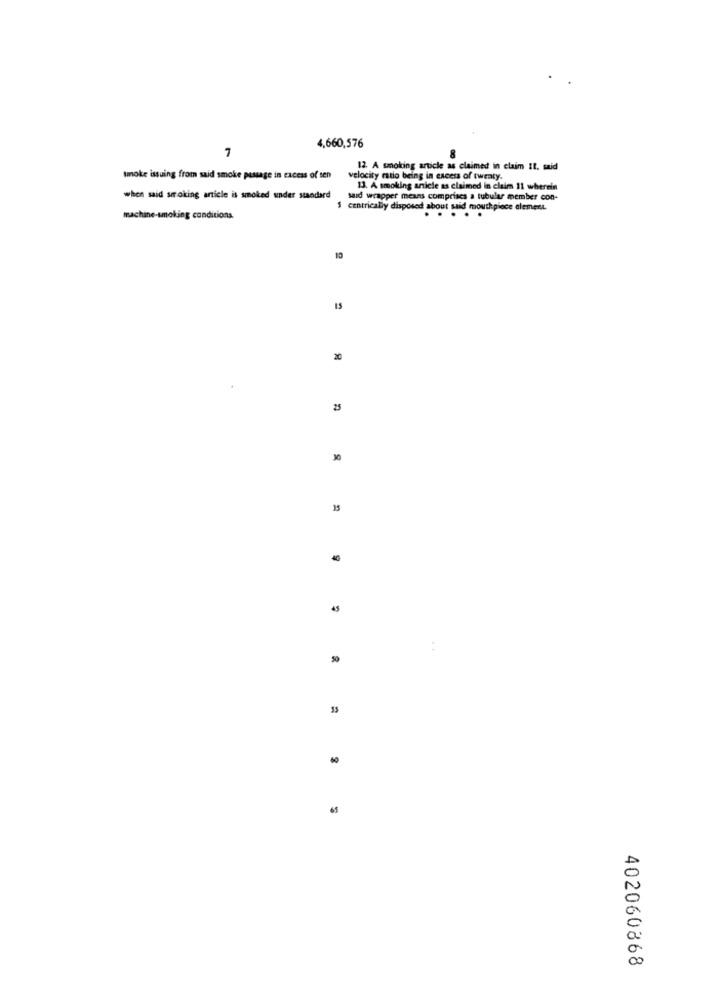
-
4,660,576
12. A smoking article as claimed in claim It. said
smoke issuing from said smoke passage in excess of sen
velocity mulo being in excess of twenty.
13. A smoking article as claimed in claim 11 whernin
when said stroking article is smoked under standard
said wrapper means comprises a tubular member con-
centrically disposed about said mouthpiece element.
machine-smoking conditions.
10
15
20
25
30
15
45
2
60
65
402060868